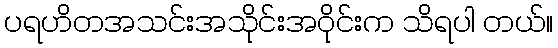
ပရဟိတအသင်းအသိုင်းအဝိုင်းက သိရပါ တယ်။